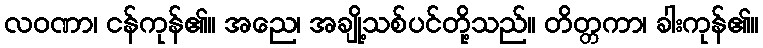
လဝဏာ၊ ငန်ကုန်၏။ အညေ၊ အချို့သစ်ပင်တို့သည်။ တိတ္တကာ၊ ခါးကုန်၏။